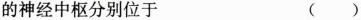
的神经中枢分别位于 ()